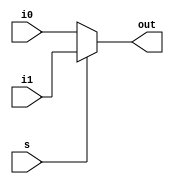
module mux21(out,i0,i1,s);
	input i0,i1,s;
	output out;
	assign out=s?i1:i0;
endmodule